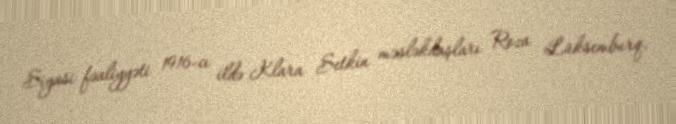
Siyasi fəaliyyəti 1916-cı ildə Klara Setkin məsləkdaşları Roza Lüksemburq,